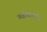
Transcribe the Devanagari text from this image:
नक्षीकामाचे